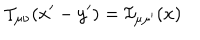
{ \cal I } _ { \mu \nu } ( x ^ { \prime } - y ^ { \prime } ) = { \cal I } _ { \mu \mu ^ { \prime } } ( x )